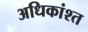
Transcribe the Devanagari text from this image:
अधिकांश्त